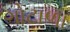
ગોટાળા